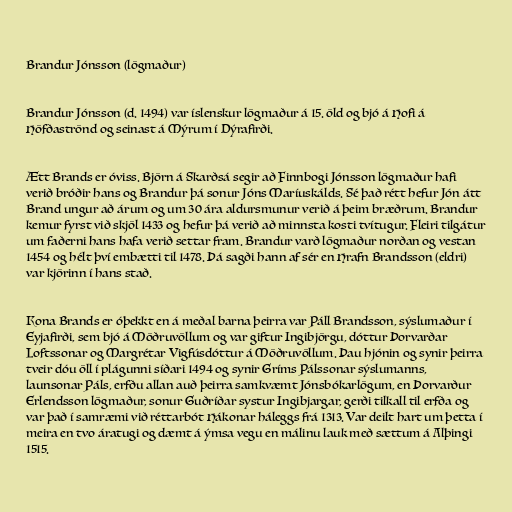
Brandur Jónsson (lögmaður)

Brandur Jónsson (d. 1494) var íslenskur lögmaður á 15. öld og bjó á Hofi á
Höfðaströnd og seinast á Mýrum í Dýrafirði.

Ætt Brands er óviss. Björn á Skarðsá segir að Finnbogi Jónsson lögmaður hafi
verið bróðir hans og Brandur þá sonur Jóns Maríuskálds. Sé það rétt hefur Jón átt
Brand ungur að árum og um 30 ára aldursmunur verið á þeim bræðrum. Brandur
kemur fyrst við skjöl 1433 og hefur þá verið að minnsta kosti tvítugur. Fleiri tilgátur
um faðerni hans hafa verið settar fram. Brandur varð lögmaður norðan og vestan
1454 og hélt því embætti til 1478. Þá sagði hann af sér en Hrafn Brandsson (eldri)
var kjörinn í hans stað.

Kona Brands er óþekkt en á meðal barna þeirra var Páll Brandsson, sýslumaður í
Eyjafirði, sem bjó á Möðruvöllum og var giftur Ingibjörgu, dóttur Þorvarðar
Loftssonar og Margrétar Vigfúsdóttur á Möðruvöllum. Þau hjónin og synir þeirra
tveir dóu öll í plágunni síðari 1494 og synir Gríms Pálssonar sýslumanns,
launsonar Páls, erfðu allan auð þeirra samkvæmt Jónsbókarlögum, en Þorvarður
Erlendsson lögmaður, sonur Guðríðar systur Ingibjargar, gerði tilkall til erfða og
var það í samræmi við réttarbót Hákonar háleggs frá 1313. Var deilt hart um þetta í
meira en tvo áratugi og dæmt á ýmsa vegu en málinu lauk með sættum á Alþingi
1515.